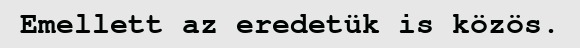
Emellett az eredetük is közös.